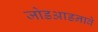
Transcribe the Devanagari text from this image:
जोडआडनावे